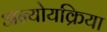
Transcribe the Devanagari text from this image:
अन्योयक्रिया